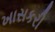
ખાસકરી